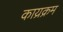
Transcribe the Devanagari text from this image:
काय्रक्रम